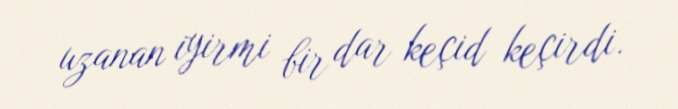
uzanan iyirmi bir dar keçid keçirdi.